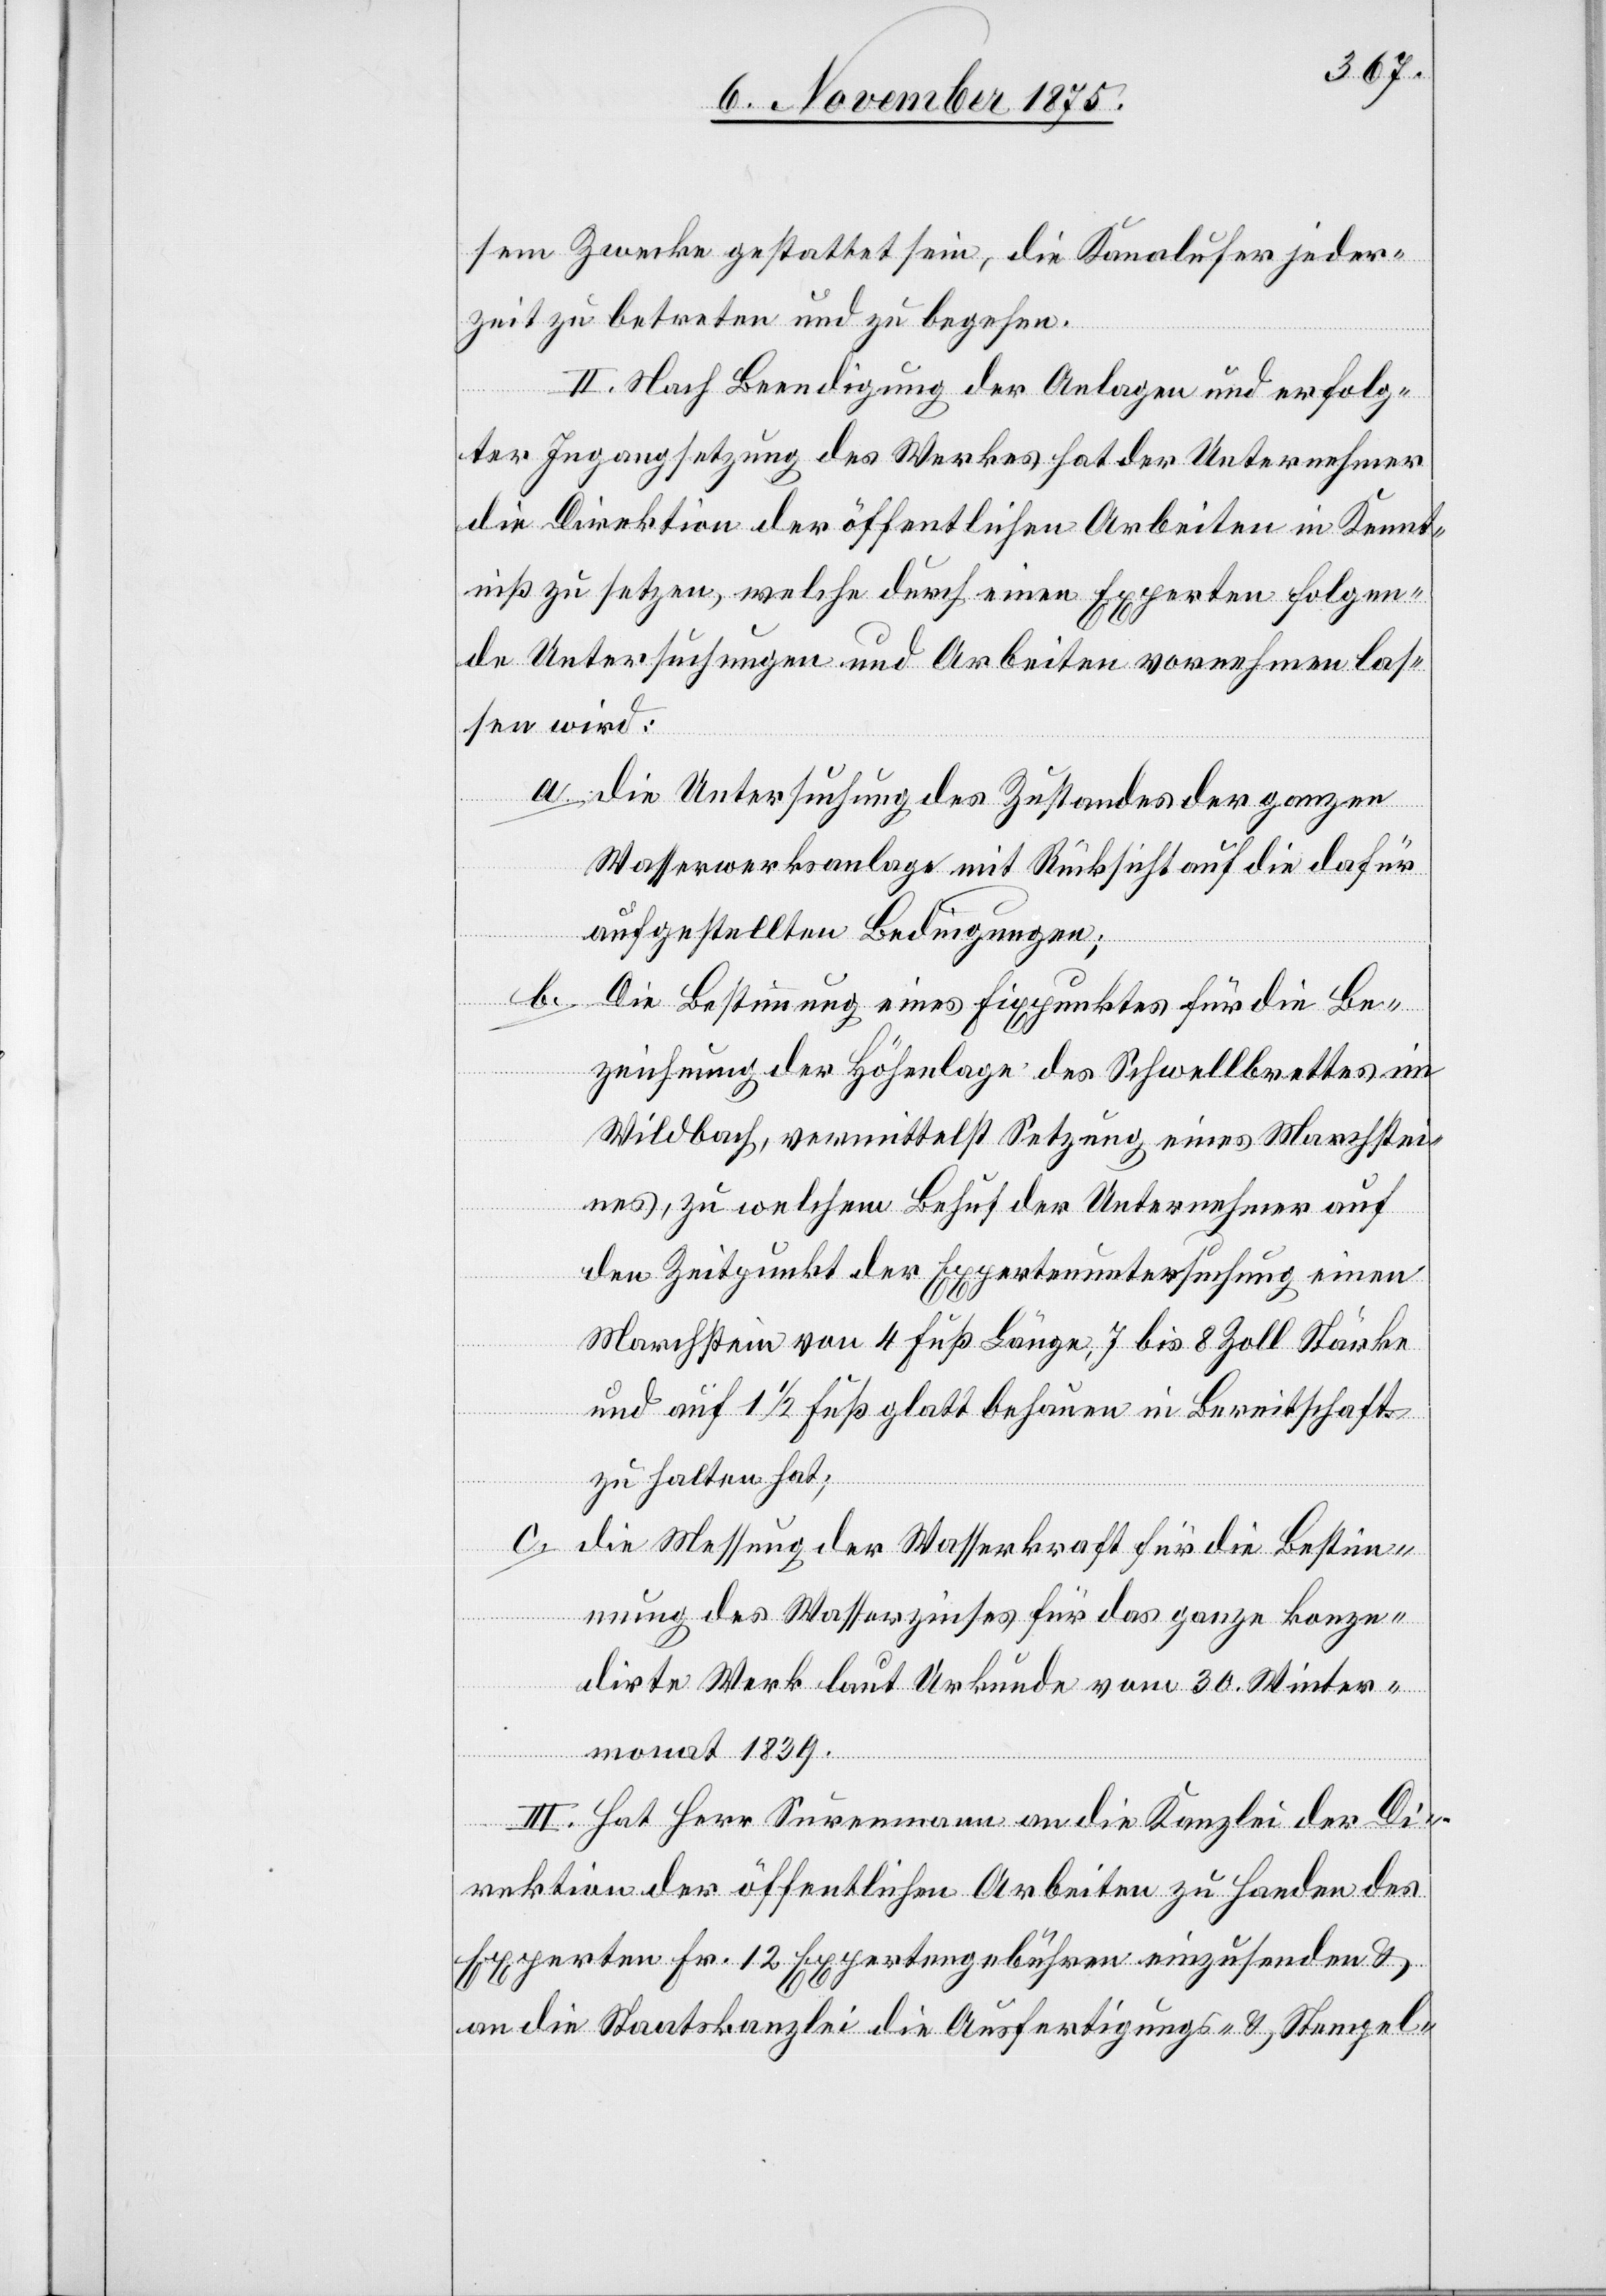
sem Zwecke gestattet sein, die Kanalufer jeder¬
zeit zu betreten und zu begehen.
II. Nach Beendigung der Anlage und erfolg¬
ter Ingangsetzung des Werkes hat der Unternehmer
die Direktion der öffentlichen Arbeiten in Kennt¬
niß zu setzen, welche durch einen Experten folgen¬
de Untersuchungen und Arbeiten vornehmen las¬
sen wird:
a. die Untersuchung des Zustandes der ganzen
Wasserwerksanlage mit Rücksicht auf die dafür
aufgestellten Bedingungen;
b.
Die Bestimmung eines Fixpunktes für die Be¬
zeichnung der Höhenlage des Schwellbrettes im
Wildbach, vermittelst Setzung eines Marchstei¬
nes, zu welchem Behuf der Unternehmer auf
den Zeitpunkt der Expertenuntersuchung einen
Marchstein von 4 Fuß Länge, 7 bis 8 Zoll Stärke
und auf 1 1/2 Fuß glatt behauen in Bereitschaft
zu halten hat;
c.
die Messung der Wasserkraft für die Bestim¬
mung des Wasserzinses für das ganze konze¬
dirte Werk laut Urkunde vom 30. Winter¬
monat 1839.
III. Hat Herr Surenmann an die Kanzlei der Di¬
rektion der öffentlichen Arbeiten zu Handen des
Experten Fr. 12 Expertengebühren einzusenden &
an die Staatskanzlei die Ausfertigungs- & Stempel-